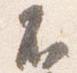
不